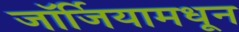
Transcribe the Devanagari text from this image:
जॉर्जियामधून